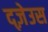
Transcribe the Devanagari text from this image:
द्ज़ेउस